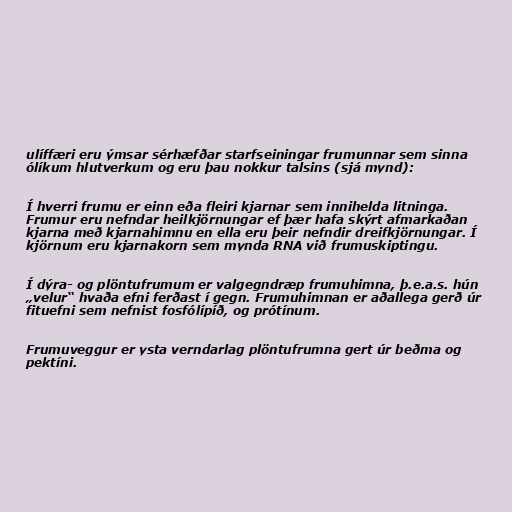
ulíffæri eru ýmsar sérhæfðar starfseiningar frumunnar sem sinna
ólíkum hlutverkum og eru þau nokkur talsins (sjá mynd):

Í hverri frumu er einn eða fleiri kjarnar sem innihelda litninga.
Frumur eru nefndar heilkjörnungar ef þær hafa skýrt afmarkaðan
kjarna með kjarnahimnu en ella eru þeir nefndir dreifkjörnungar. Í
kjörnum eru kjarnakorn sem mynda RNA við frumuskiptingu.

Í dýra- og plöntufrumum er valgegndræp frumuhimna, þ.e.a.s. hún
„velur“ hvaða efni ferðast í gegn. Frumuhimnan er aðallega gerð úr
fituefni sem nefnist fosfólípíð, og prótínum.

Frumuveggur er ysta verndarlag plöntufrumna gert úr beðma og
pektíni.